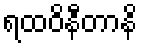
ရထဝိနီတာနိ